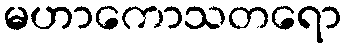
မဟာကောသတရော